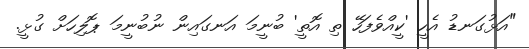
"އަޅުގަނޑު އެހީ 'ކީއްވެފަހޭ ތި އޮތީ' ބުނީމަ އަނގައިން ނުބުނީމަ ޕޮލިހަށް ގުޅީ.